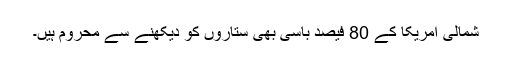
شمالی امریکا کے 80 فیصد باسی بھی ستاروں کو دیکھنے سے محروم ہیں۔